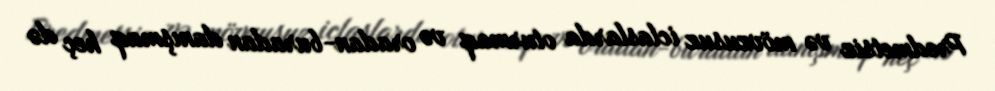
Predmetsiz və mövzusuz iclaslarda oturmaq və oradan-buradan danışmaq heç də